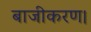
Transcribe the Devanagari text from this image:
बाजीकरण।